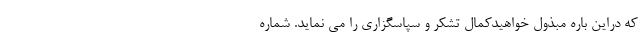
که دراین باره مبذول خواهیدکمال تشکر و سپاسگزاری را می نماید. شماره